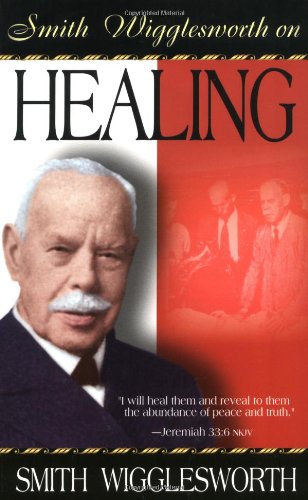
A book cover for Smith Wigglesworth On Healing; Smith Wigglesworth; Christian Books & Bibles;